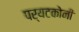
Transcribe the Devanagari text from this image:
पर्यटकोनी